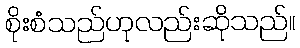
စိုးစံသည်ဟုလည်းဆိုသည်။